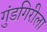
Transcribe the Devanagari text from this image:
गुंडगिरीला